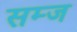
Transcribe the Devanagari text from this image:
सम्ज